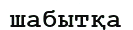
шабытқа